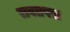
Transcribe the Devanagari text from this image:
रावतपरा